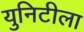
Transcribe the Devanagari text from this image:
युनिटीला